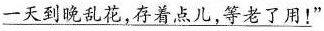
\underline{一天到晚乱花,存着点儿,等老了用!”}